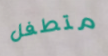
متطفل